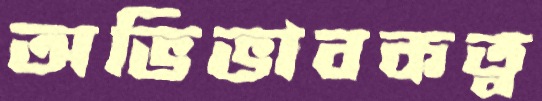
অভিভাবকত্ব